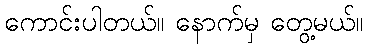
ကောင်းပါတယ်။ နောက်မှ တွေ့မယ်။